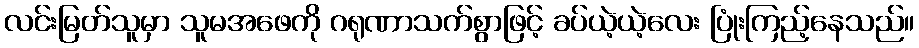
လင်းမြတ်သူမှာ သူမအဖေကို ဂရုဏာသက်စွာဖြင့် ခပ်ယဲ့ယဲ့လေး ပြုံးကြည့်နေသည်။